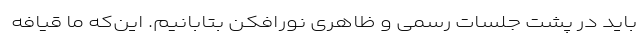
باید در پشت جلسات رسمی و ظاهری نورافکن بتابانیم. این‌که ما قیافه